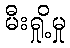
မီးရှို့မှု